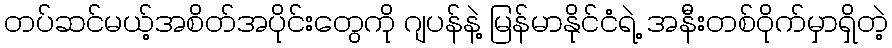
တပ်ဆင်မယ့်အစိတ်အပိုင်းတွေကို ဂျပန်နဲ့ မြန်မာနိုင်ငံရဲ့ အနီးတစ်ဝိုက်မှာရှိတဲ့